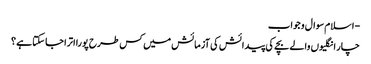
- اسلام سوال و جواب
چار انگلیوں والے بچے کی پیدائش کی آزمائش میں کس طرح پورا اترا جا سکتا ہے ؟